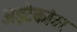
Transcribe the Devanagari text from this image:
अझ्टेकांवर